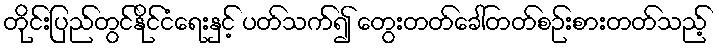
တိုင်းပြည်တွင်နိုင်ငံရေးနှင့် ပတ်သက်၍ တွေးတတ်ခေါ်တတ်စဉ်းစားတတ်သည့်